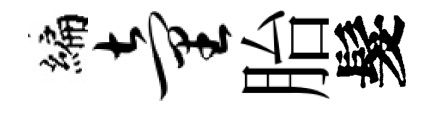
編童胎髮